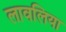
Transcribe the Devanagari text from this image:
लावलिया